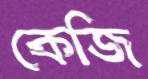
কেজি